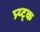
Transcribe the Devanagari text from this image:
प्र्य्ट्क